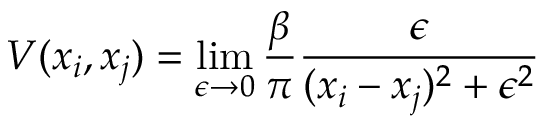
V ( x _ { i } , x _ { j } ) = \operatorname* { l i m } _ { \epsilon \rightarrow 0 } \frac { \beta } { \pi } \frac { \epsilon } { ( x _ { i } - x _ { j } ) ^ { 2 } + \epsilon ^ { 2 } }